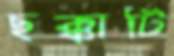
ছক্কাটি